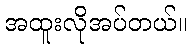
အထူးလိုအပ်တယ်။